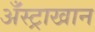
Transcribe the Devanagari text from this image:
अँस्ट्राखान